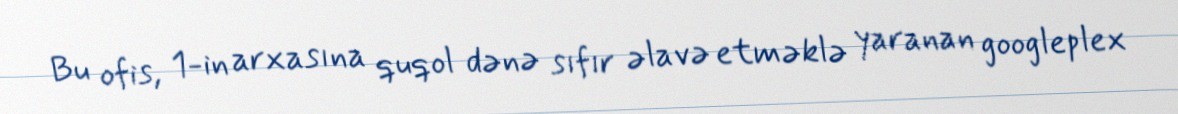
Bu ofis, 1-in arxasına quqol dənə sıfır əlavə etməklə yaranan googleplex